38_143685_box7_Incident_Summaries_1-100
Agency: Department of War
Page 160
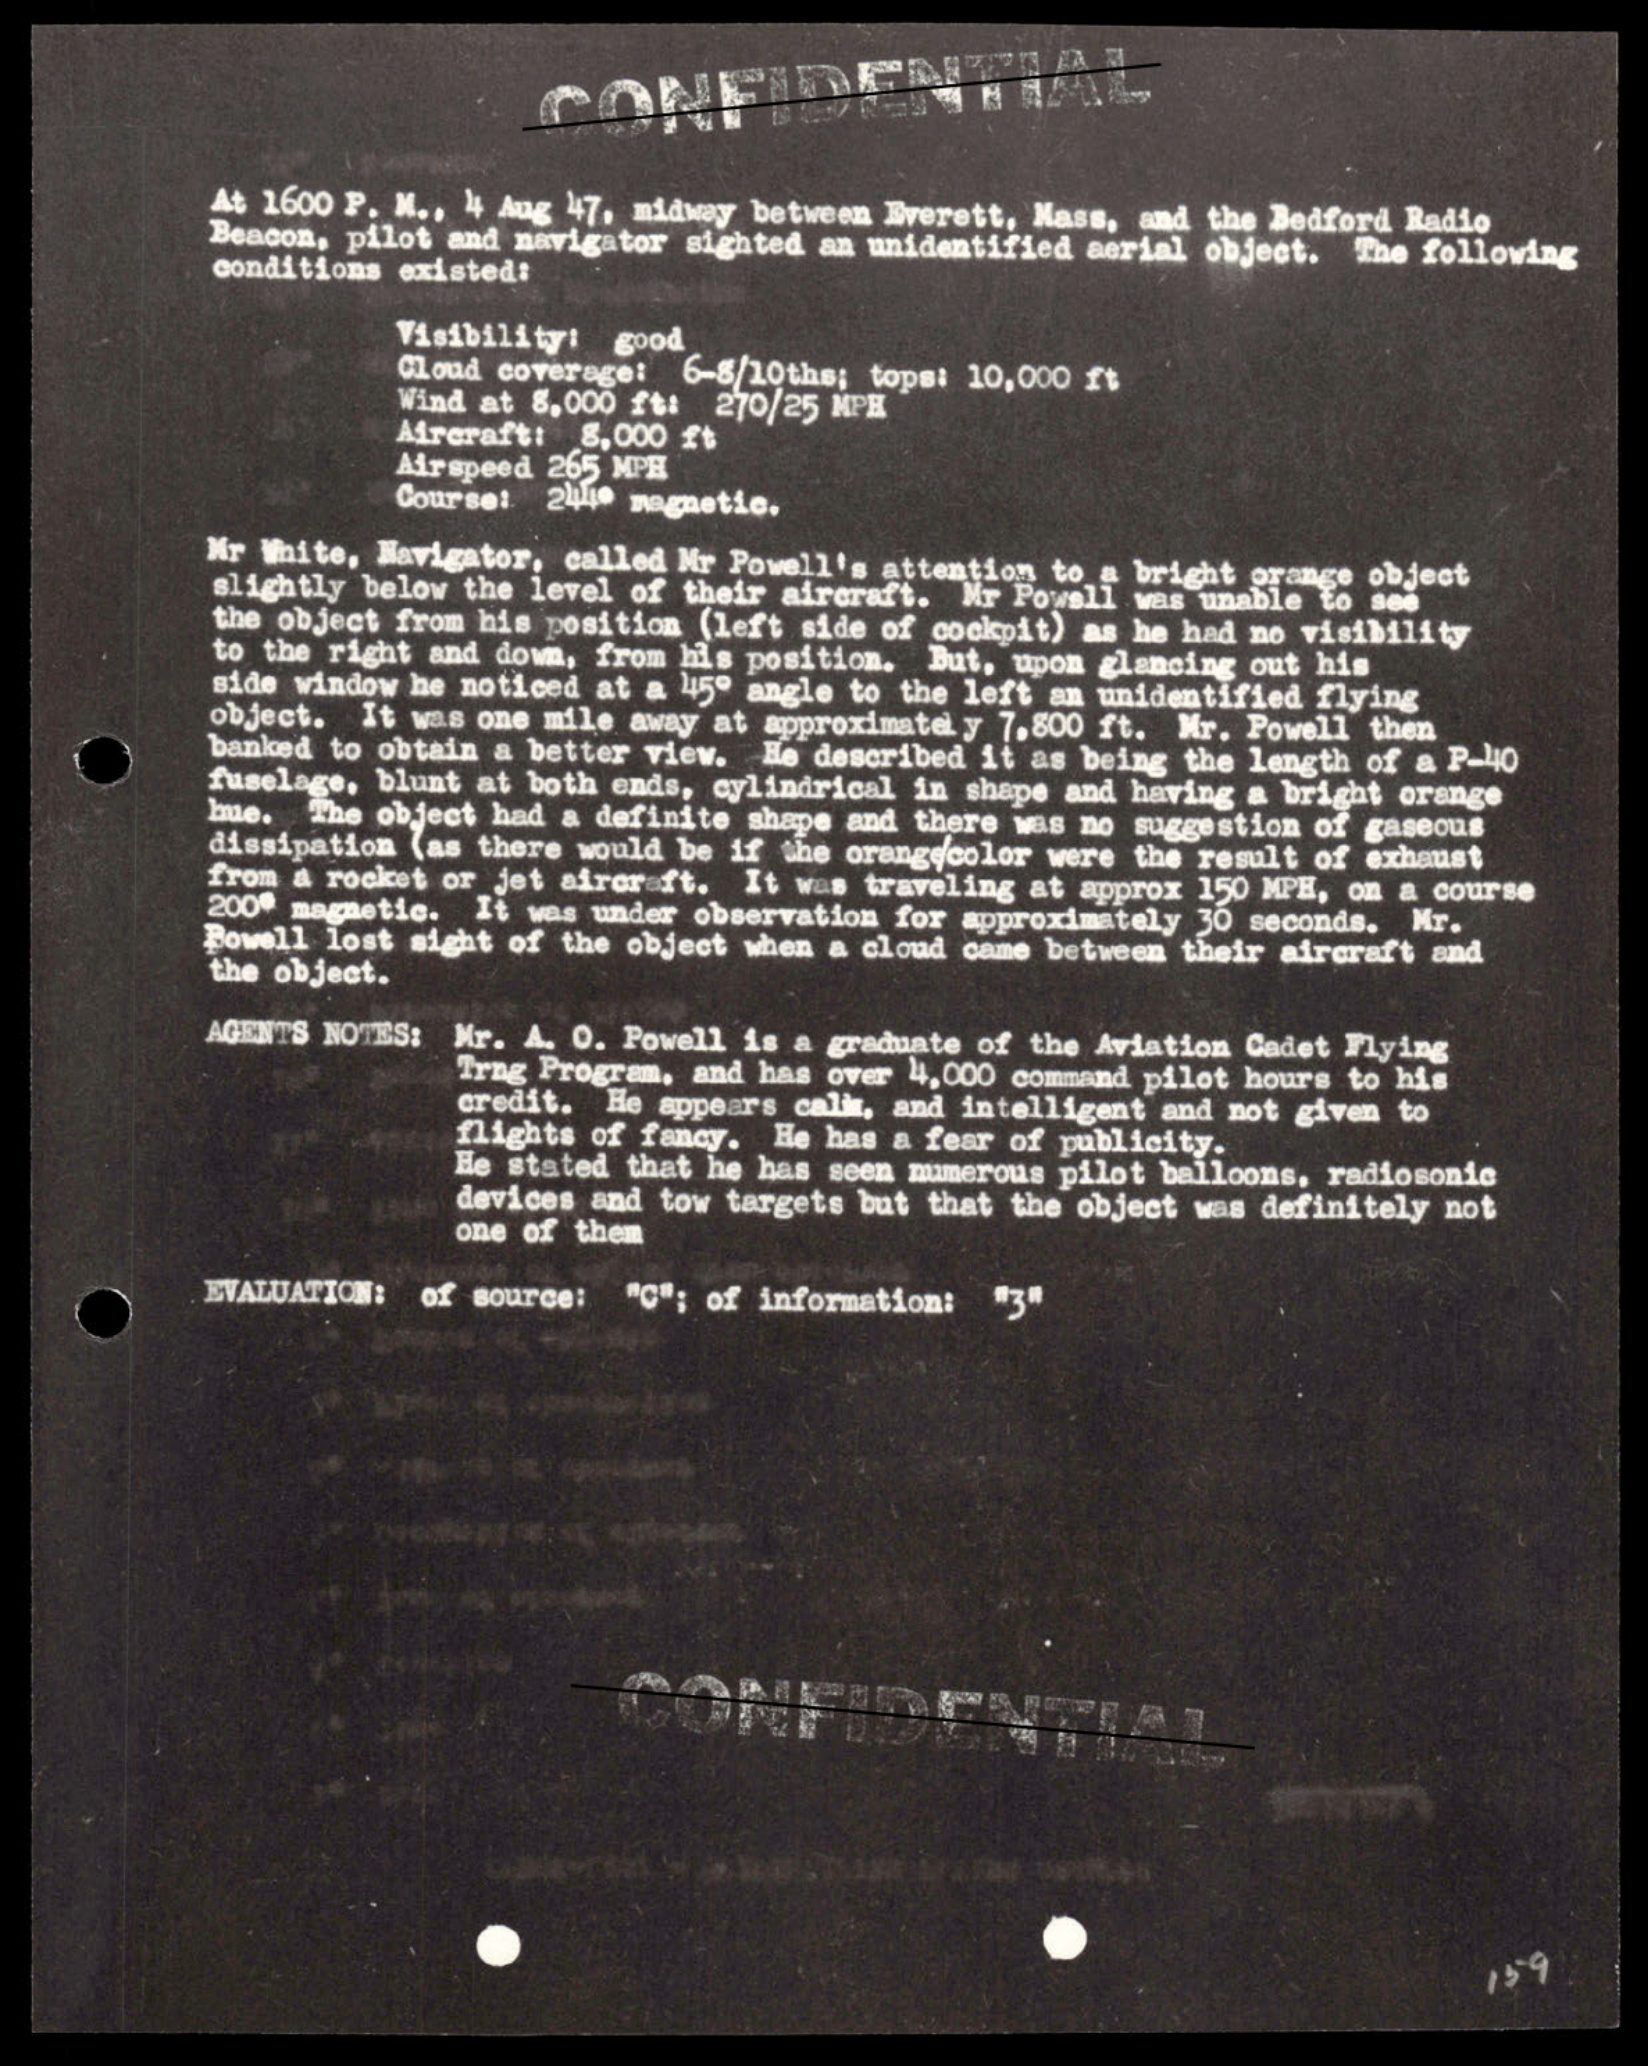